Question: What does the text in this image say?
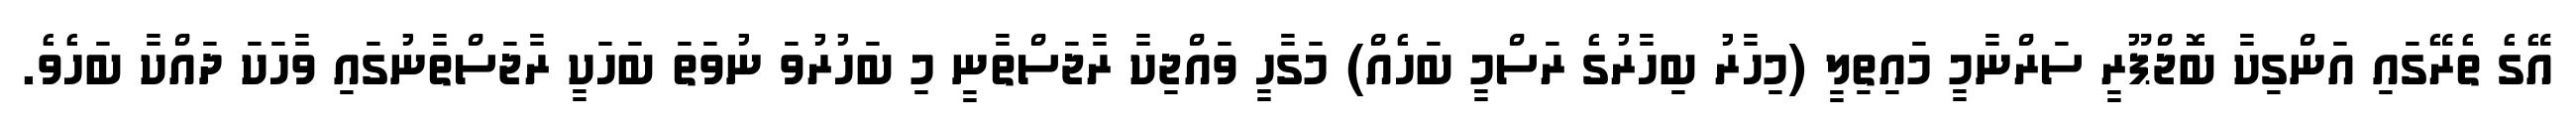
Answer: އޭގެ ތެރޭގައި އަންގިކާ ބޮޖްޕޫރީ ސަރްނާމީ މައިތިލީ (މިހާރު ބިހާރުގެ ރަސްމީ ބަހެއް) މަގާހީ ވައްޖިކާ ރާޖަސްތާނީ މި ބަހުރުވަ ނުވަތަ ބަހަކީ ރާޖަސްތާނުގައި ވާހަކަ ދައްކާ ބަހެވެ.